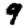
Digit: 9